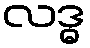
လဒ္ဓ